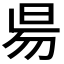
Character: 𣆄